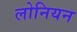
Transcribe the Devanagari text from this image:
लोनियन